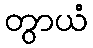
တွာယံ